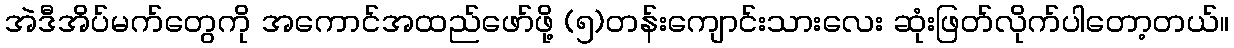
အဲဒီအိပ်မက်တွေကို အကောင်အထည်ဖော်ဖို့ (၅)တန်းကျောင်းသားလေး ဆုံးဖြတ်လိုက်ပါတော့တယ်။